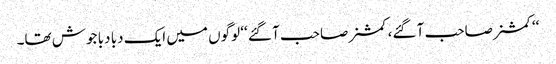
‘‘کمشنر صاحب آ گئے، کمشنر صاحب آ گئے ‘‘ لوگوں میں ایک دبا دبا جوش تھا۔